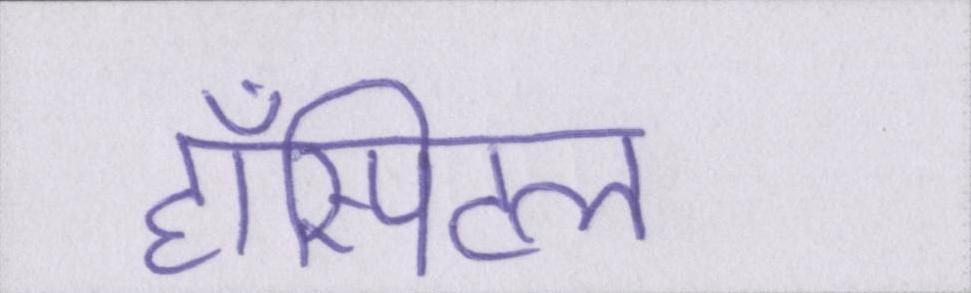
हॉस्पिटल